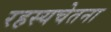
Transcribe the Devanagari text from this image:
रहस्यचेतना